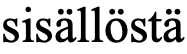
sisällöstä